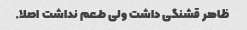
ظاهر قشنگی داشت ولی طعم نداشت اصلا.